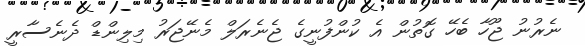
ނެރުނު ޖޫހާ ބެހޭ ގޮތުން އެ ކުންފުނީގެ ޖެނެރަލް މެނޭޖަރު މިލިންޑް ދެނެސާރީ